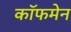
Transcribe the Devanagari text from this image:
कॉफमेन